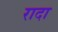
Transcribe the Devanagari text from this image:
रादा